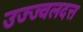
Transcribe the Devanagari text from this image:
उज्ज्वलदत्त